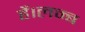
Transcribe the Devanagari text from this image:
हैं।लम्ब